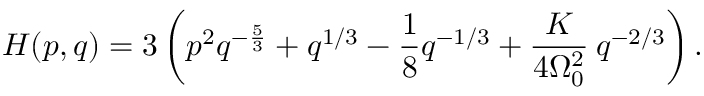
H ( p , q ) = 3 \left( p ^ { 2 } q ^ { - \frac { 5 } { 3 } } + q ^ { 1 / 3 } - \frac { 1 } { 8 } q ^ { - 1 / 3 } + \frac { K } { 4 \Omega _ { 0 } ^ { 2 } } \: q ^ { - 2 / 3 } \right) .